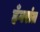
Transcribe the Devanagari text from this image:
हँगरांत